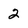
Character: 2